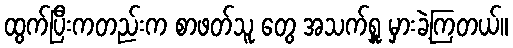
ထွက်ပြီးကတည်းက စာဖတ်သူ တွေ အသက်ရှူ မှားခဲ့ကြတယ်။